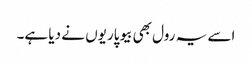
اسے یہ رول بھی بیوپاریوں نے دیا ہے۔